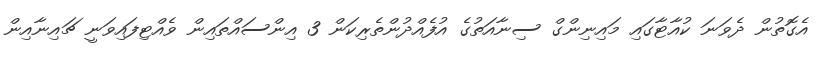
އެގޮތުން ދެވަނަ ކުއާޓާގައި މައިނިންގް ސިނާއަތުގެ އުފެއްދުންތެރިކަން 3 އިންސައްތައިން ވެއްޓިފައިވަނީ ޗައިނާއިން